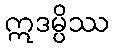
ဣဒမ္ပိဿ